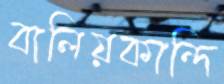
বালিয়কান্দি